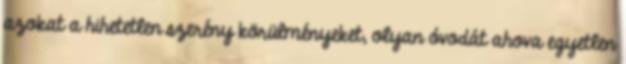
azokat a hihetetlen szerény körülményeket, olyan óvodát ahova egyetlen